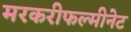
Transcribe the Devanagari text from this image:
मरकरीफल्मीनेट